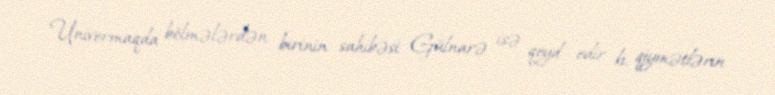
Univermaqda bölmələrdən birinin sahibəsi Gülnarə isə qeyd edir ki, qiymətlərin